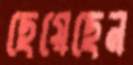
ছেয়েছেন